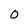
Character: O